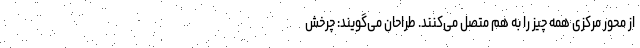
از محور مرکزی همه چیز را به هم متصل می‌کنند. طراحان می‌گویند: چرخش